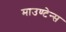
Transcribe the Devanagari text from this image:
माउण्टेन्स